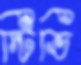
স্টিভি